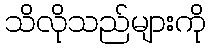
သိလိုသည်များကို